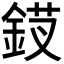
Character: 𬫗